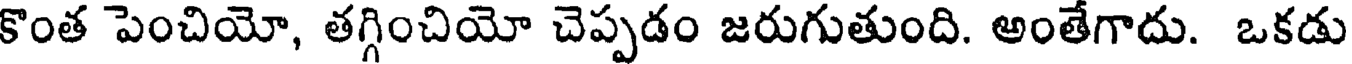
కొంత పెంచియో, తగ్గించియో చెప్పడం జరుగుతుంది. అంతేగాదు. ఒకడు